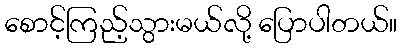
စောင့်ကြည့်သွားမယ်လို့ ပြောပါတယ်။